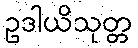
ဥဒါယိသုတ္တ